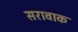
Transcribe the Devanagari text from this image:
सरावाक